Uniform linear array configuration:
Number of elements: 8
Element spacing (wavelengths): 1
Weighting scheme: blackman
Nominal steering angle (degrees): -45
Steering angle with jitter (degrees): -46.149
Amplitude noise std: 0.05
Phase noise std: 0.05

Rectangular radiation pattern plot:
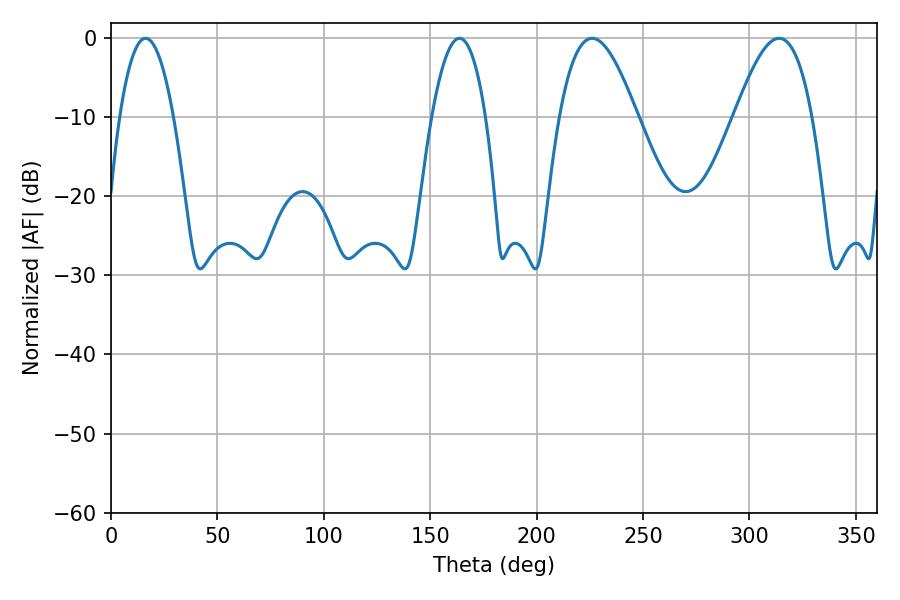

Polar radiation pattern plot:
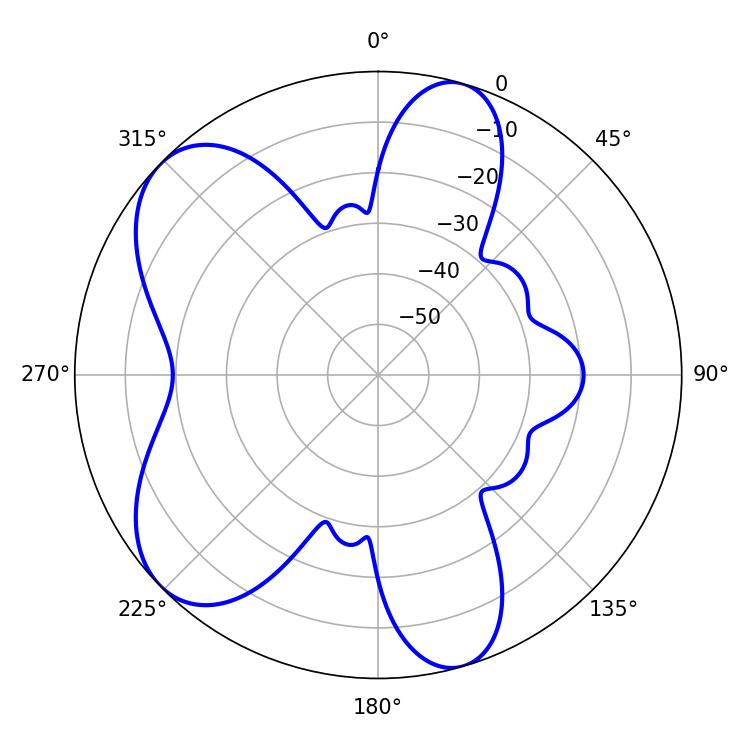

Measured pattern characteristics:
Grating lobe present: TRUE
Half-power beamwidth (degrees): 19.8
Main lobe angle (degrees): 226.08